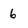
Character: 6